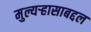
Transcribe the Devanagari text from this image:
मुल्यऱ्हासाबद्दल